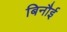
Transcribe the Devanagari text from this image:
बिनौई